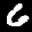
Label: 6